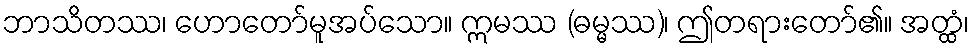
ဘာသိတဿ၊ ဟောတော်မူအပ်သော။ ဣမဿ (ဓမ္မဿ)၊ ဤတရားတော်၏။ အတ္ထံ၊